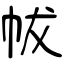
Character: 帗